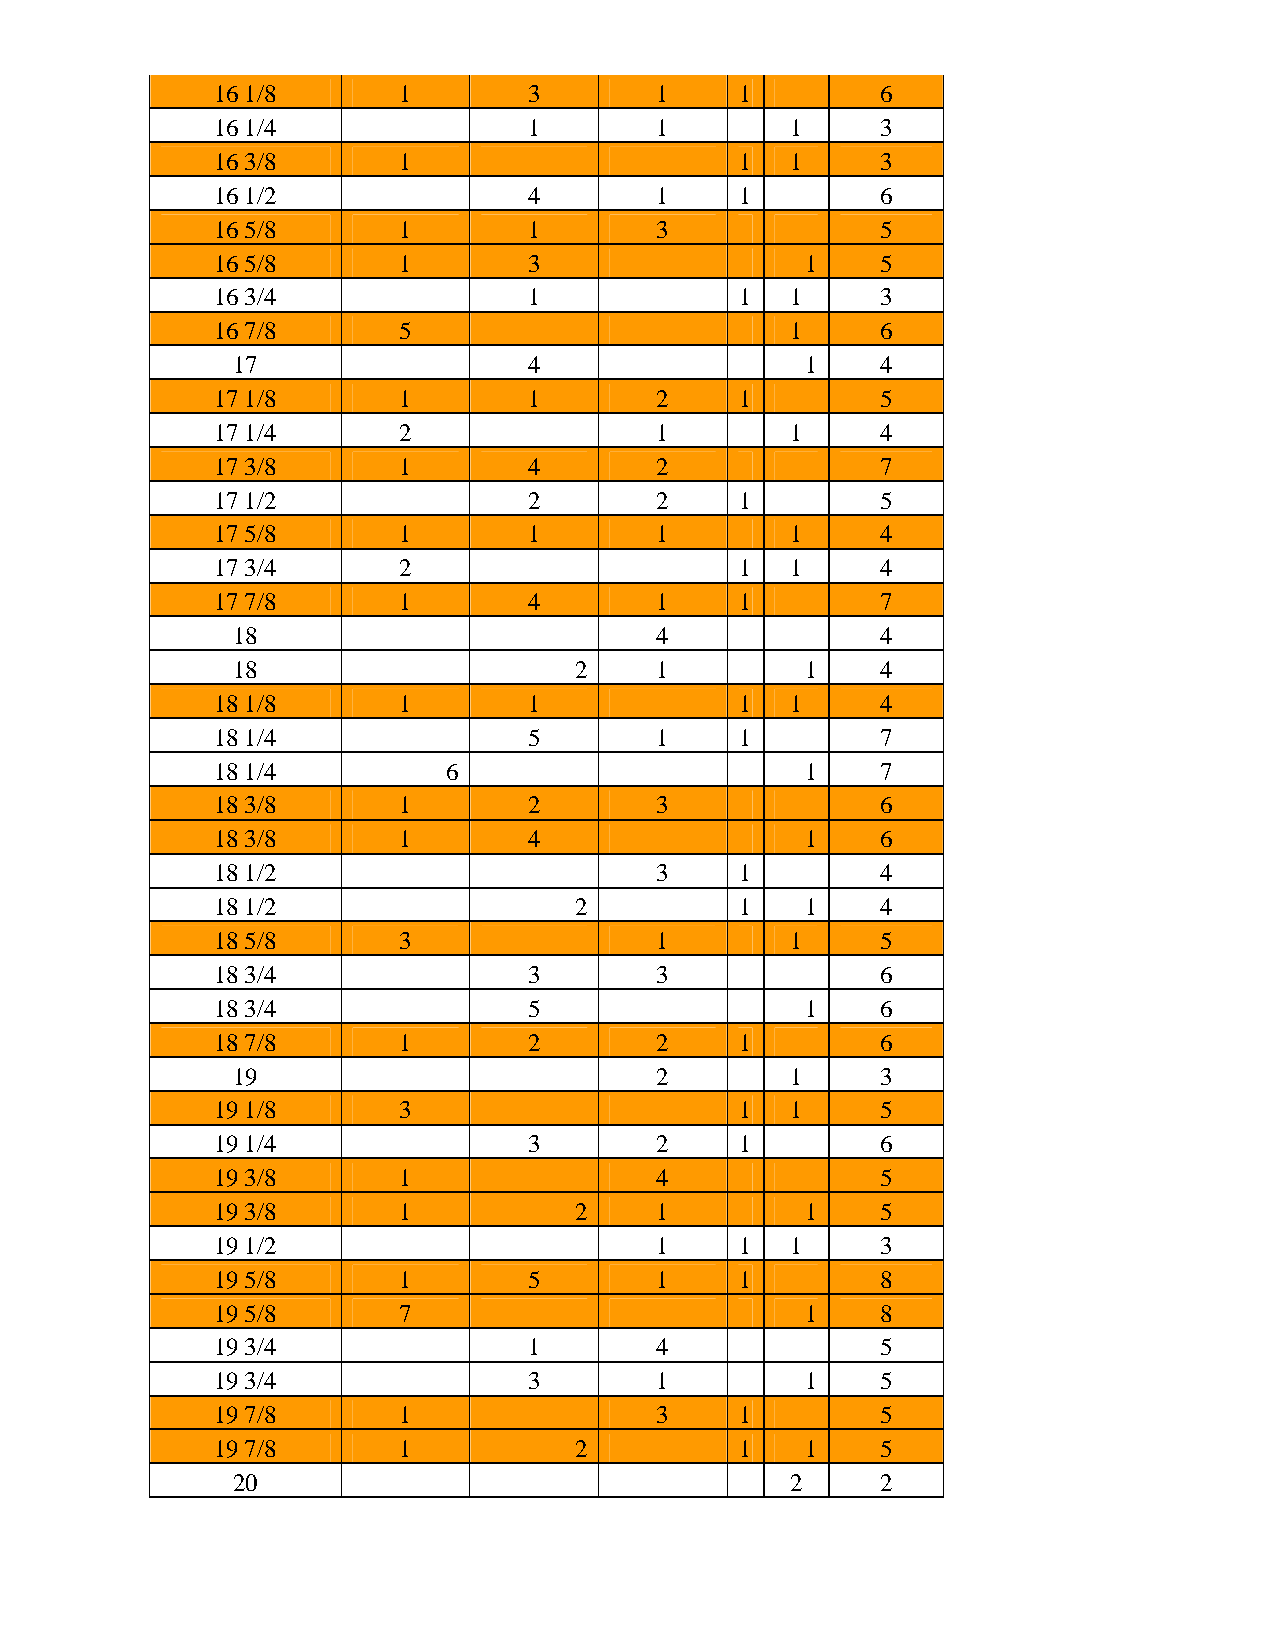
16 1/8      1        3       1     1        6
 16 1/4               1       1        1     3
 16 3/8      1                      1  1     3
 16 1/2               4       1     1        6
 16 5/8      1        1       3              5
 16 5/8      1        3                 1    5
 16 3/4               1             1  1     3
 16 7/8      5                         1     6
 17                  4                 1    4
 17 1/8      1        1       2     1        5
 17 1/4      2                1        1     4
 17 3/8      1        4       2              7
 17 1/2               2       2     1        5
 17 5/8      1        1       1        1     4
 17 3/4      2                      1  1     4
 17 7/8      1        4       1     1        7
 18                          4              4
 18                     2    1         1    4
 18 1/8      1        1             1  1     4
 18 1/4               5       1     1        7
 18 1/4          6                      1    7
 18 3/8      1        2       3              6
 18 3/8      1        4                 1    6
 18 1/2                       3     1        4
 18 1/2                  2          1   1    4
 18 5/8      3                1        1     5
 18 3/4               3       3              6
 18 3/4               5                 1    6
 18 7/8      1        2       2     1        6
 19                          2        1     3
 19 1/8      3                      1  1     5
 19 1/4               3       2     1        6
 19 3/8      1                4              5
 19 3/8      1           2    1         1    5
 19 1/2                       1     1  1     3
 19 5/8      1        5       1     1        8
 19 5/8      7                          1    8
 19 3/4               1       4              5
 19 3/4               3       1         1    5
 19 7/8      1                3     1        5
 19 7/8      1           2          1   1    5
 20                                   2     2